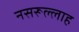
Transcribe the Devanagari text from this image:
नसरूल्लाह